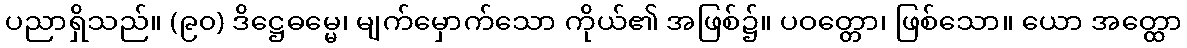
ပညာရှိသည်။ (၉၀) ဒိဋ္ဌေဓမ္မေ၊ မျက်မှောက်သော ကိုယ်၏ အဖြစ်၌။ ပဝတ္တော၊ ဖြစ်သော။ ယော အတ္ထော